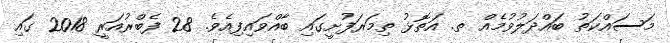
މަސައްކަތު ބައްދަލުވުމެއް ތ. އަތޮޅު ތިމަރަފުށީގައި ބާއްވައިފިއެވެ. 28 ފެބްރުއަރީ 2018 ގައި